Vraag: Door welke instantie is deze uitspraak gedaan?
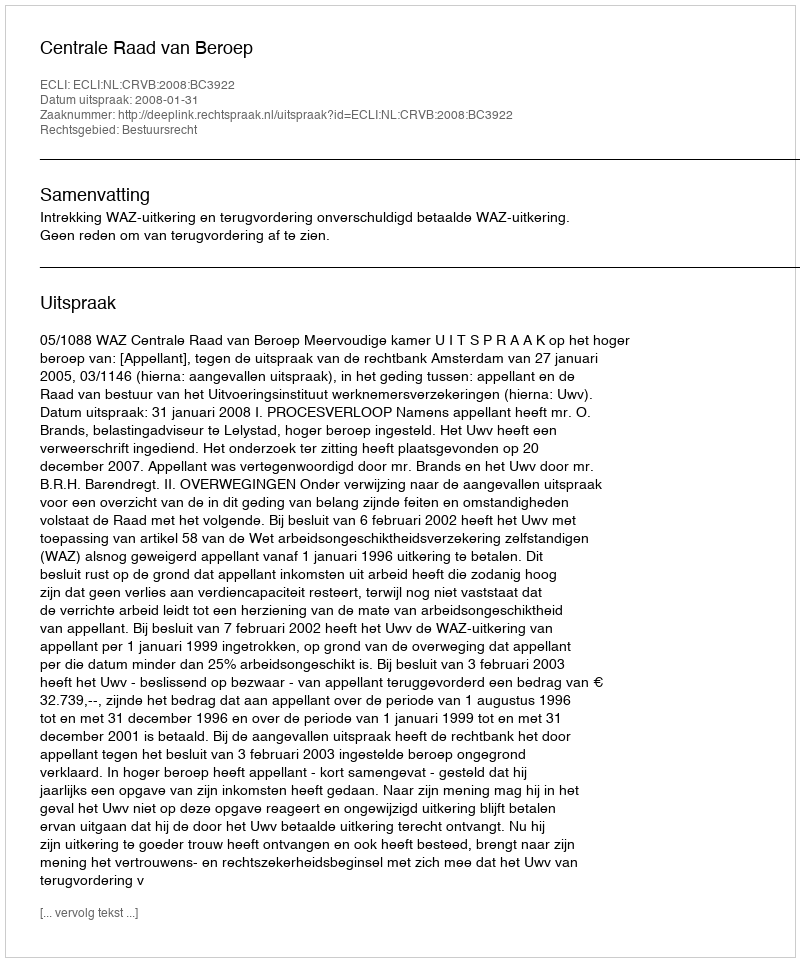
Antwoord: Centrale Raad van Beroep